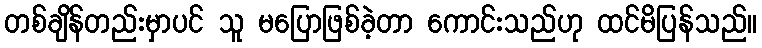
တစ်ချိန်တည်းမှာပင် သူ မပြောဖြစ်ခဲ့တာ ကောင်းသည်ဟု ထင်မိပြန်သည်။